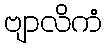
ဗျာလိကံ